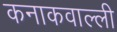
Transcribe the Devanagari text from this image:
कनाकवाल्ली